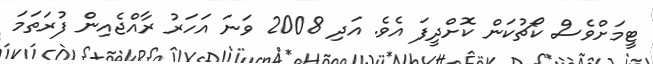
ޓީމަށްވެސް ކޯޗުކަން ކޮށްދީފަ އެވެ. އަދި 2008 ވަނަ އަހަރު ރާއްޖެއިން ފުރަތަމަ